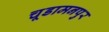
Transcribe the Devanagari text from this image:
चूडामनपुर